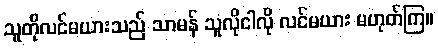
သူတိုလင်မယားသည် သာမန် သူလိုငါလို လင်မယား မဟုတ်ကြ။